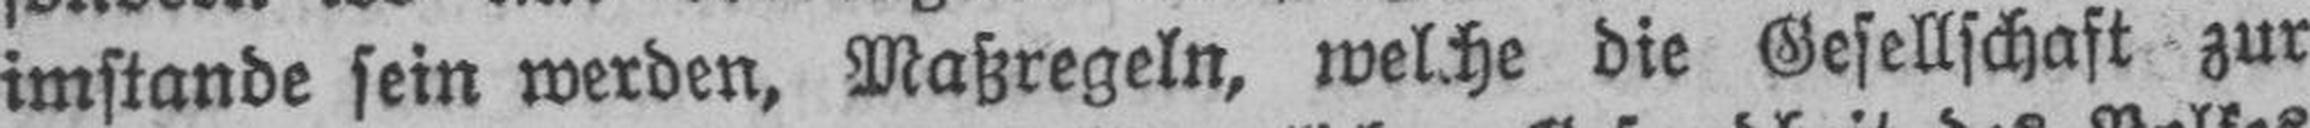
imstande sein werden, Maßregeln, welche die Gesellschaft zur